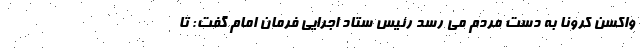
واکسن کرونا به دست مردم می رسد رئیس ستاد اجرایی فرمان امام گفت: تا